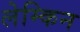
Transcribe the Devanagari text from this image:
लेम्किन